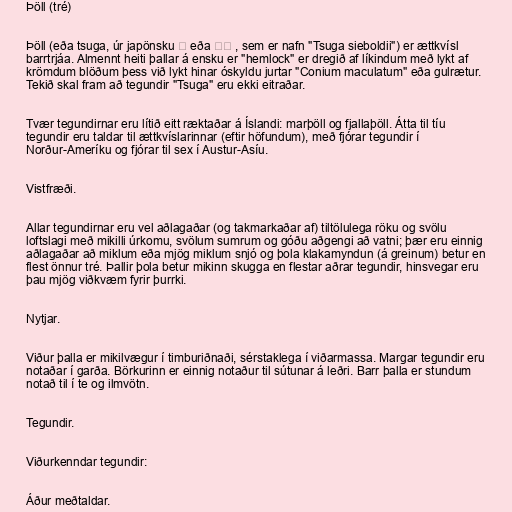
Þöll (tré)

Þöll (eða tsuga, úr japönsku 栂 eða ツガ , sem er nafn "Tsuga sieboldii") er ættkvísl
barrtrjáa. Almennt heiti þallar á ensku er "hemlock" er dregið af líkindum með lykt af
krömdum blöðum þess við lykt hinar óskyldu jurtar "Conium maculatum" eða gulrætur.
Tekið skal fram að tegundir "Tsuga" eru ekki eitraðar.

Tvær tegundirnar eru lítið eitt ræktaðar á Íslandi: marþöll og fjallaþöll. Átta til tíu
tegundir eru taldar til ættkvíslarinnar (eftir höfundum), með fjórar tegundir í
Norður-Ameríku og fjórar til sex í Austur-Asíu.

Vistfræði.

Allar tegundirnar eru vel aðlagaðar (og takmarkaðar af) tiltölulega röku og svölu
loftslagi með mikilli úrkomu, svölum sumrum og góðu aðgengi að vatni; þær eru einnig
aðlagaðar að miklum eða mjög miklum snjó og þola klakamyndun (á greinum) betur en
flest önnur tré. Þallir þola betur mikinn skugga en flestar aðrar tegundir, hinsvegar eru
þau mjög viðkvæm fyrir þurrki.

Nytjar.

Viður þalla er mikilvægur í timburiðnaði, sérstaklega í viðarmassa. Margar tegundir eru
notaðar í garða. Börkurinn er einnig notaður til sútunar á leðri. Barr þalla er stundum
notað til í te og ilmvötn.

Tegundir.

Viðurkenndar tegundir:

Áður meðtaldar.